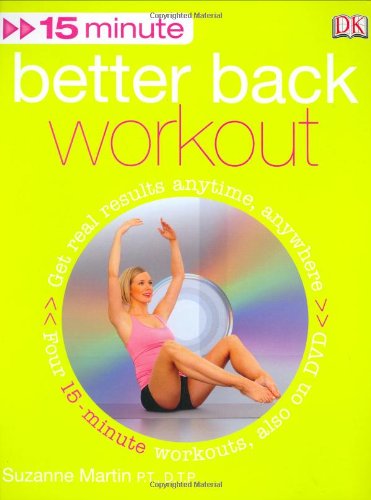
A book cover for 15 Minute Better Back Workout (+DVD); Suzanne Martin; Health, Fitness & Dieting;